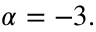
\alpha = - 3 .